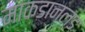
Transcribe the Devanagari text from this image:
माकडानल्ड